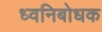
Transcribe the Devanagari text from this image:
ध्वनिबोधक